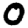
Digit: 0